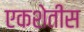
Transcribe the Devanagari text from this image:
एकशेतीस